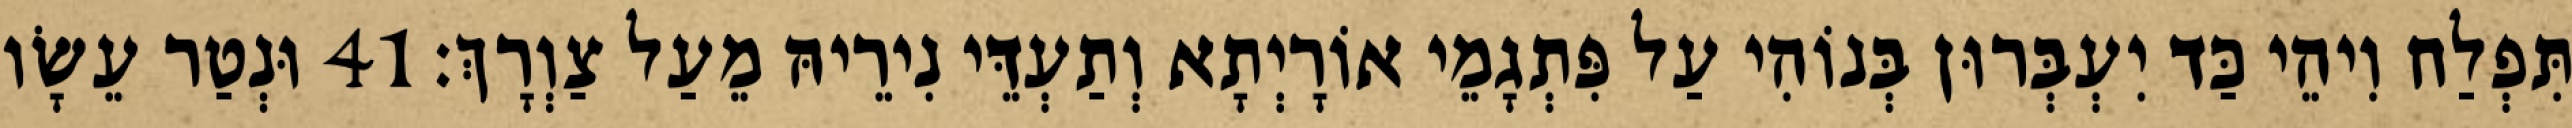
תִּפְלַח וִיהֵי כַּד יִעְבְּרוּן בְּנוֹהִי עַל פִּתְגָמֵי אוֹרָיְתָא וְתַעְדֵּי נִירֵיהּ מֵעַל צַוְרָךְ׃ 41 וּנְטַר עֵשָׂו